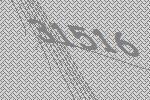
31516